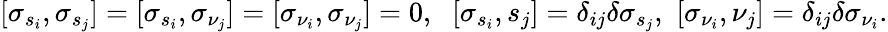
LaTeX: [\sigma_{s_{i}},\sigma_{s_{j}}]=[\sigma_{s_{i}},\sigma_{\nu_{j}}]=[\sigma_{\nu_{i}},\sigma_{\nu_{j}}]=0,\, \, \ [\sigma_{s_{i}},s_{j}]=\delta_{ij}\delta\sigma_{s_{j}},\, \, [\sigma_{\nu_{i}},\nu_{j}]=\delta_{ij}\delta\sigma_{\nu_{i}}.